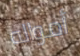
أمواله